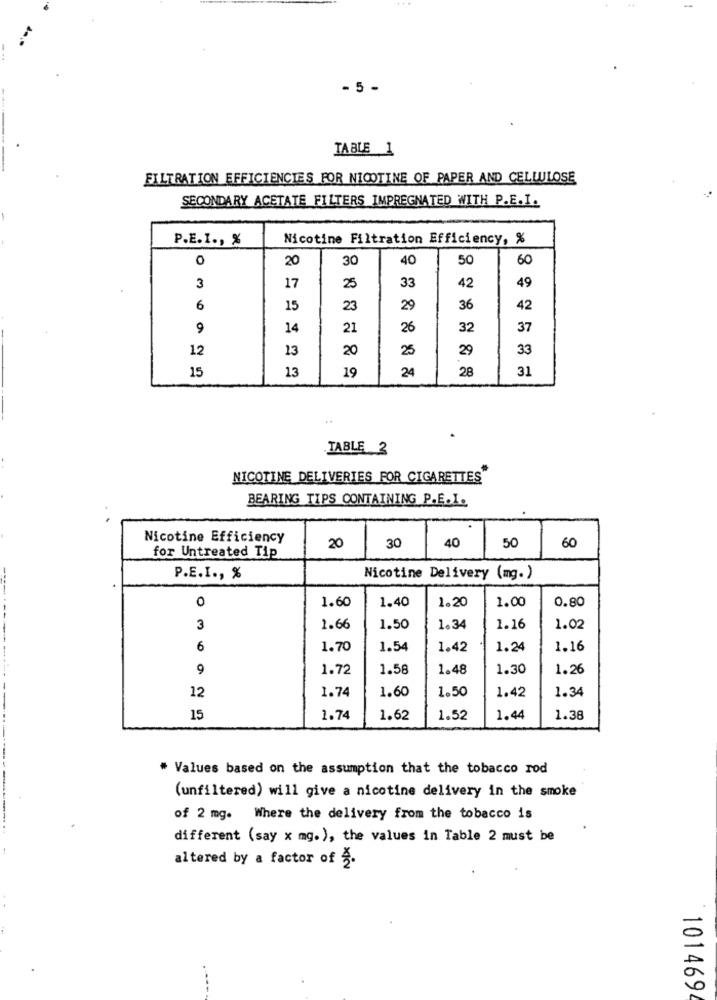
- 5 -
TABLE 1
FILTRATION EFFICIENCIES FOR NICOTINE OF PAPER AND CELULOSE
SECONDARY ACETATE FILTERS IMPREGNATED WITH P.E.I.
P.E.I ., %
Nicotine Filtration Efficiency, %
0
20
30
40
50
60
33
3
17
25
42
49
6
15
23
29
36
42
9
14
21
26
32
37
12
13
20
25
29
33
13
19
24
28
31
15
TABLE 3
NICOTINE DELIVERIES FOR CIGARETTES"
BEARING TIPS CONTAINING P.E.I.
Nicotine Efficiency
20
60
for Untreated Tip
30
40
50
P.E.I ., %
Nicotine Delivery (mg.)
0
1.60
1.40
1.00
0.80
1.20
3
1.66
1.50
1.34
1.16
1.02
6
1.70
1.54
1.42
1.24
1.16
-------------
9
1.72
1.58
1.48
1.30
1.26
1.74
1.60
1.50
1.34
12
1.42
15
1.74
1.62
1.52
1.44
1.38
* Values based on the assumption that the tobacco rod
(unfiltered) will give a nicotine delivery in the smoke
of 2 mg. Where the delivery from the tobacco is
different (say x mg.), the values in Table 2 must be
altered by a factor of 2.
O
0
101469